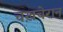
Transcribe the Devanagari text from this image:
चख़चेरान